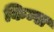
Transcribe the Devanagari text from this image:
किम्स